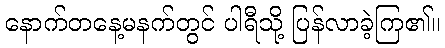
နောက်တနေ့မနက်တွင် ပါရီသို့ ပြန်လာခဲ့ကြ၏။